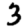
Digit: 3